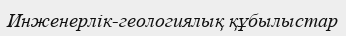
Инженерлік-геологиялық құбылыстар